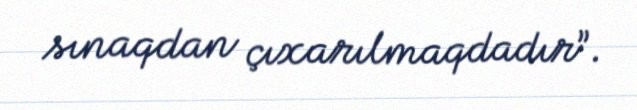
sınaqdan çıxarılmaqdadır”.